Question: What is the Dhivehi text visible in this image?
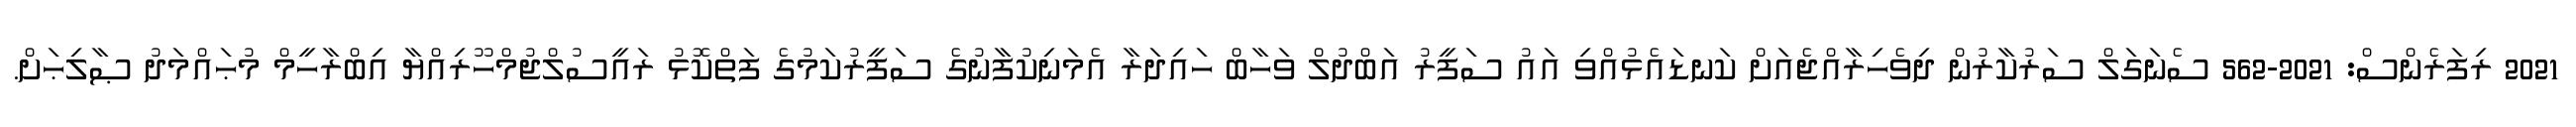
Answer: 2021 ރިފަރެންސް: 2021-562 ސެނަގަލް ސަރުކާރުން ދިވެހިރާއްޖެއަށް ކަނޑައެޅުއްވި އައު ސަފީރު އަބްދުލް ވަހާބް ހައިދަރާ އެމަނިކުފާނުގެ ސަފީރުކަމުގެ ފަތްކޮޅު ރައީސުލްޖުމްހޫރިއްޔާ އިބްރާހީމް މުޙައްމަދު ޞާލިޙަށް.